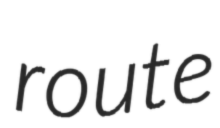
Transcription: route